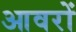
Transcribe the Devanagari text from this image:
आवरों